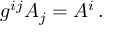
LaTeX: g ^ { i j } A _ { j } = A ^ { i } \, .